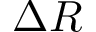
\Delta R